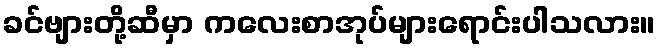
ခင်ဗျားတို့ဆီမှာ ကလေးစာအုပ်များရောင်းပါသလား။